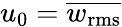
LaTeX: u_{0}=\overline{{w_{\mathrm{rms}}}}